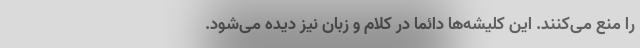
را منع می‌کنند. این کلیشه‌ها دائما در کلام و زبان نیز دیده می‌شود.